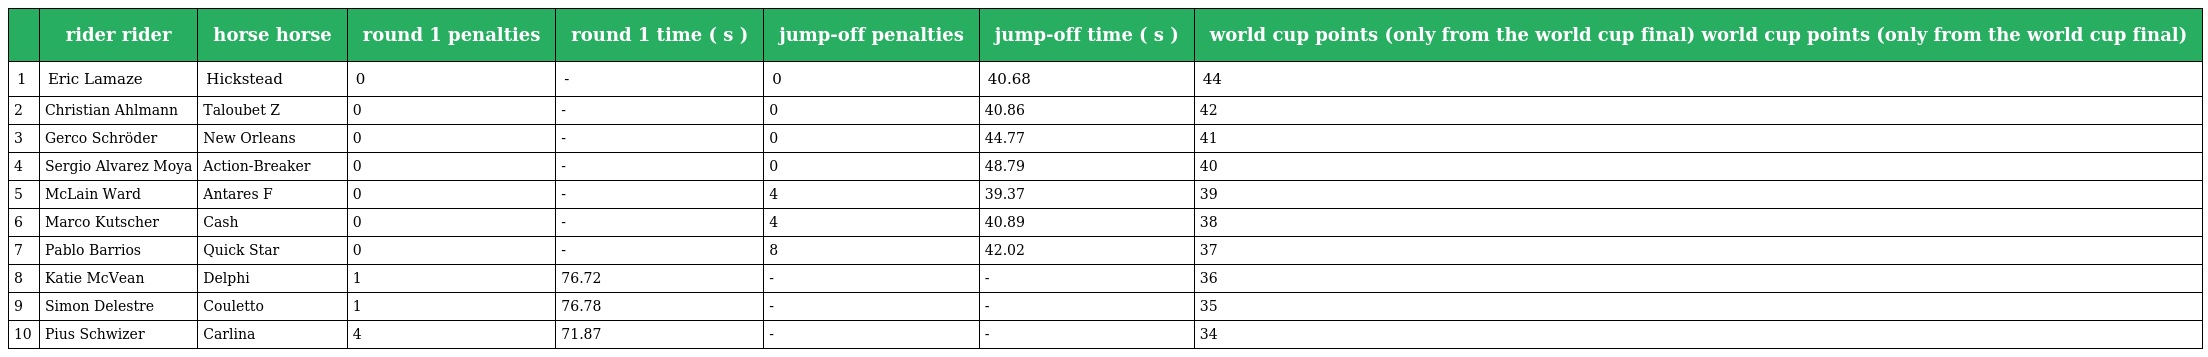
|  | rider rider | horse horse | round 1 penalties | round 1 time ( s ) | jump-off penalties | jump-off time ( s ) | world cup points (only from the world cup final) world cup points (only from the world cup final) |
 | --- | --- | --- | --- | --- | --- | --- | --- |
 | 1 | Eric Lamaze | Hickstead | 0 | - | 0 | 40.68 | 44 |
 | 2 | Christian Ahlmann | Taloubet Z | 0 | - | 0 | 40.86 | 42 |
 | 3 | Gerco Schröder | New Orleans | 0 | - | 0 | 44.77 | 41 |
 | 4 | Sergio Alvarez Moya | Action-Breaker | 0 | - | 0 | 48.79 | 40 |
 | 5 | McLain Ward | Antares F | 0 | - | 4 | 39.37 | 39 |
 | 6 | Marco Kutscher | Cash | 0 | - | 4 | 40.89 | 38 |
 | 7 | Pablo Barrios | Quick Star | 0 | - | 8 | 42.02 | 37 |
 | 8 | Katie McVean | Delphi | 1 | 76.72 | - | - | 36 |
 | 9 | Simon Delestre | Couletto | 1 | 76.78 | - | - | 35 |
 | 10 | Pius Schwizer | Carlina | 4 | 71.87 | - | - | 34 |